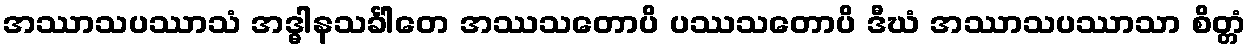
အဿာသပဿာသံ အဒ္ဓါနသင်္ခါတေ အဿသတောပိ ပဿသတောပိ ဒီဃံ အဿာသပဿာသာ စိတ္တံ